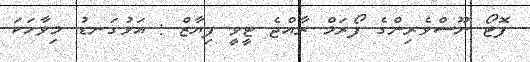
ފޮޓޯ ނޫސްވެރިންގެ ފޯރަމް ރާއްޖެ ޓީވީ ފިޔާޒް : އަޅުގަނޑު މިވާހަކަ